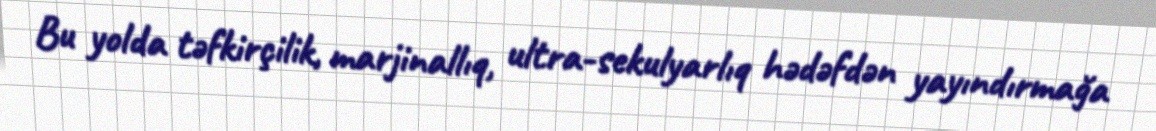
Bu yolda təfkirçilik, marjinallıq, ultra-sekulyarlıq hədəfdən yayındırmağa